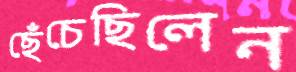
ছেঁচেছিলেন